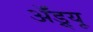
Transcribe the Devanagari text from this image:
ॲंड्र्यू